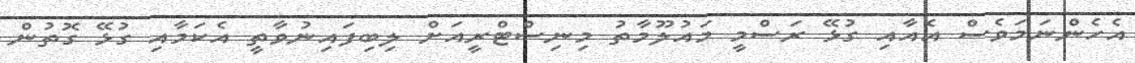
އެހެންނަމަވެސް އެއާއި ގުޅޭ ރަސްމީ މައުލޫމާތު މިނިސްޓްރީއަށް ލިބިފައިނުވާތީ އެކަމާއި ގުޅޭ ގޮތުން